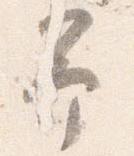
予